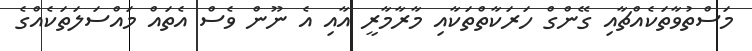
މަސްތުވާތަކެއްޗާއި ގޭންގް ހަރަކާތްތަކާއި މާރާމާރީ އާއި އެ ނޫން ވެސް އެތައް މައްސަލަތަކެއްގެ